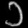
Digit: ၁